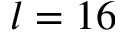
l = 1 6